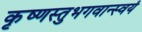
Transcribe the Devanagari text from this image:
कृष्णस्तुभगवान्स्वयं